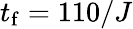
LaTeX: t_{\mathrm{f}}=110/J